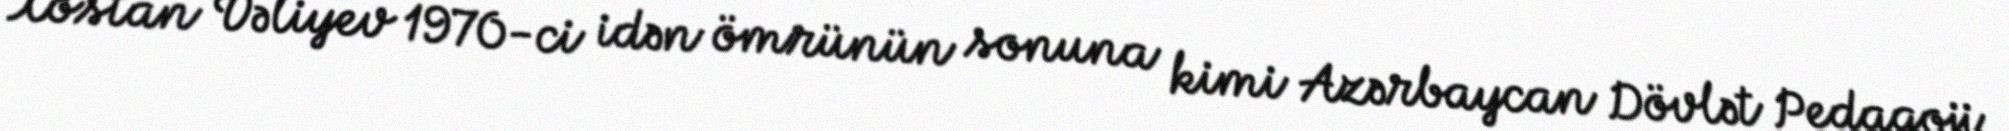
Xostan Vəliyev 1970-ci idən ömrünün sonuna kimi Azərbaycan Dövlət Pedaqoji